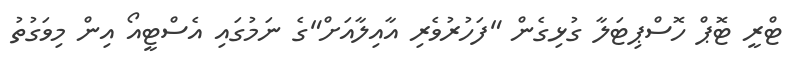
ޓްރީ ޓޮޕް ހޮސްޕިޓަލާ ގުޅިގެން "ފަހުރުވެރި އާއިލާއަށް"ގެ ނަމުގައި އެސްޓީއޯ އިން މިވަގުތު